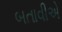
બતાવીએ